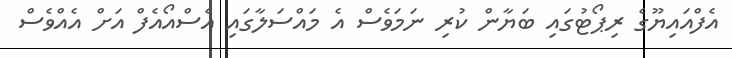
އެފްއައިޔޫގެ ރިޕޯޓުގައި ބަޔާން ކުރި ނަމަވެސް އެ މައްސަލާގައި އެސްއޯއެފް އަށް އެއްވެސް